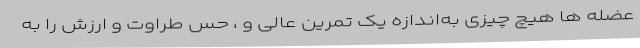
عضله ها هیچ چیزی به‌اندازه یک تمرین عالی و ، حس طراوت و ارزش را به